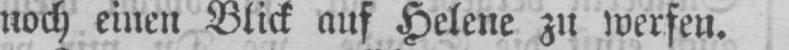
noch einen Blick auf Helene zu werfen.